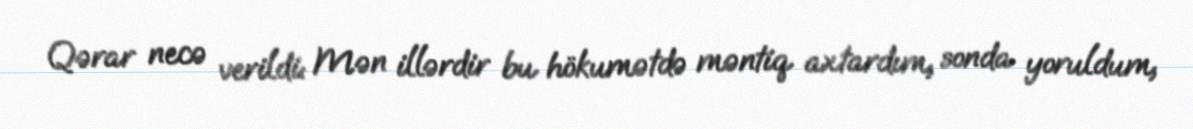
Qərar necə verildi: Mən illərdir bu hökumətdə məntiq axtardım, sonda yoruldum,